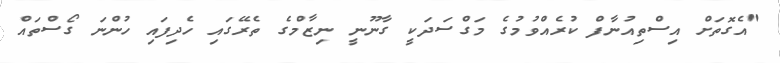
"އެގޮތަށް އިސްތިއުނާފް ކުރެއްވުމުގެ މަގްސަދަކީ ގާނޫނީ ނިޒާމްގެ ތެރޭގައި ހެދިފައި ހުންނަ ގޯސްތައް